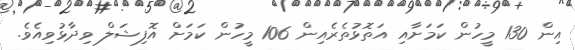
އިން 130 މީހުން ކަމަށާއި އަތޮޅުތެރެއިން 106 މީހުން ކަމަށް އޮފިޝަލް ވިދާޅުވިއެވެ.